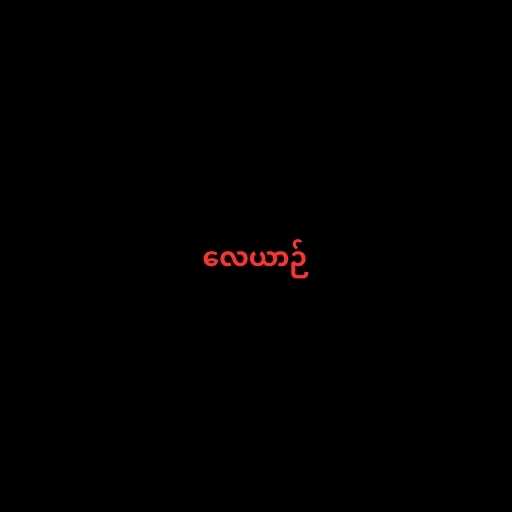
လေယာဉ်